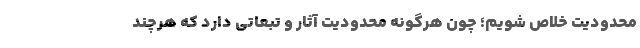
محدودیت خلاص شویم؛ چون هرگونه محدودیت آثار و تبعاتی دارد که هرچند